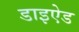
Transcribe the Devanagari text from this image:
डाइऐड